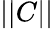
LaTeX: ||C||